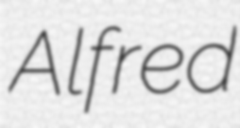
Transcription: Alfred